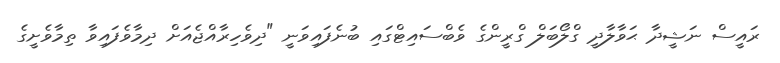
ރައީސް ނަޝީދާ ޙަވާލާދީ ގްލޯބަލް ގްރީންގެ ވެބްސައިޓްގައި ބުނެފައިވަނީ "ދިވެހިރާއްޖެއަށް ދިމާވެފައިވާ ތިމާވެށީގެ